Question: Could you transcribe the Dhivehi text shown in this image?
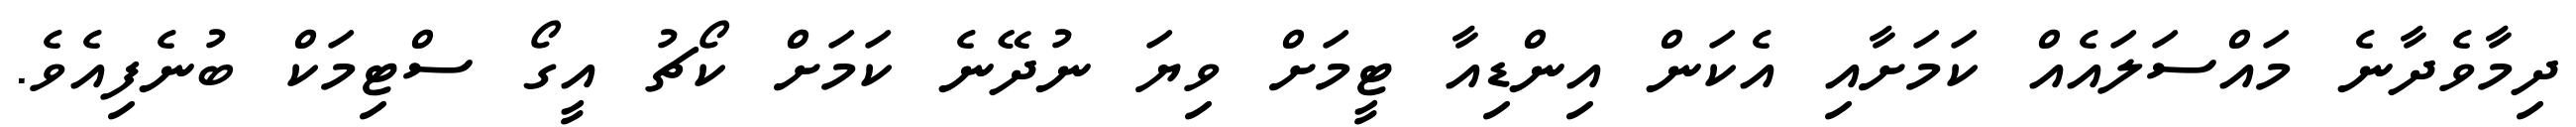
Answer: ދިމާވެދާނެ މައްސަލައެއް ކަމަށާއި އެކަން އިންޑިއާ ޓީމަށް ވިޔަ ނުދޭނެ ކަމަށް ކޯޗު އީގޯ ސްޓިމަކް ބުނެފިއެވެ.